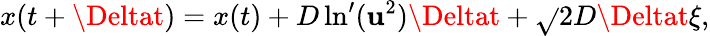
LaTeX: x(t+\Deltat)=x(t)+D\ln^{\prime}(\mathbf{u}^{2})\Deltat+\sqrt{}{{2D\Deltat}}\xi,